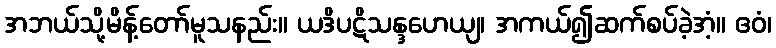
အဘယ်သို့မိန့်တော်မူသနည်း။ ယဒိပဋိသန္ဒဟေယျ၊ အကယ်၍ဆက်စပ်ခဲ့အံ့။ ဧဝံ၊